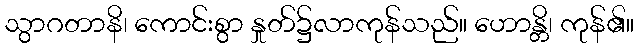
သွာဂတာနိ၊ ကောင်းစွာ နှုတ်၌လာကုန်သည်။ ဟောန္တိ၊ ကုန်၏။